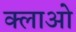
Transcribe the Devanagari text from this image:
क्लाओ